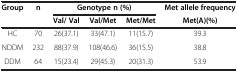
| <ROWSPAN=2> Group | <ROWSPAN=2> n | <COLSPAN=3> Genotype n (%) | Met allele frequency |
 | Val/ Val | Val/Met | Met/Met | Met(A)(%) |
 | --- | --- | --- | --- | --- | --- |
 | HC | 70 | 26(37.1) | 33(47.1) | 11(15.7) | 39.3 |
 | NDDM | 232 | 88(37.9) | 108(46.6) | 36(15.5) | 38.8 |
 | DDM | 64 | 15(23.4) | 29(45.3) | 20(31.3) | 53.9 |